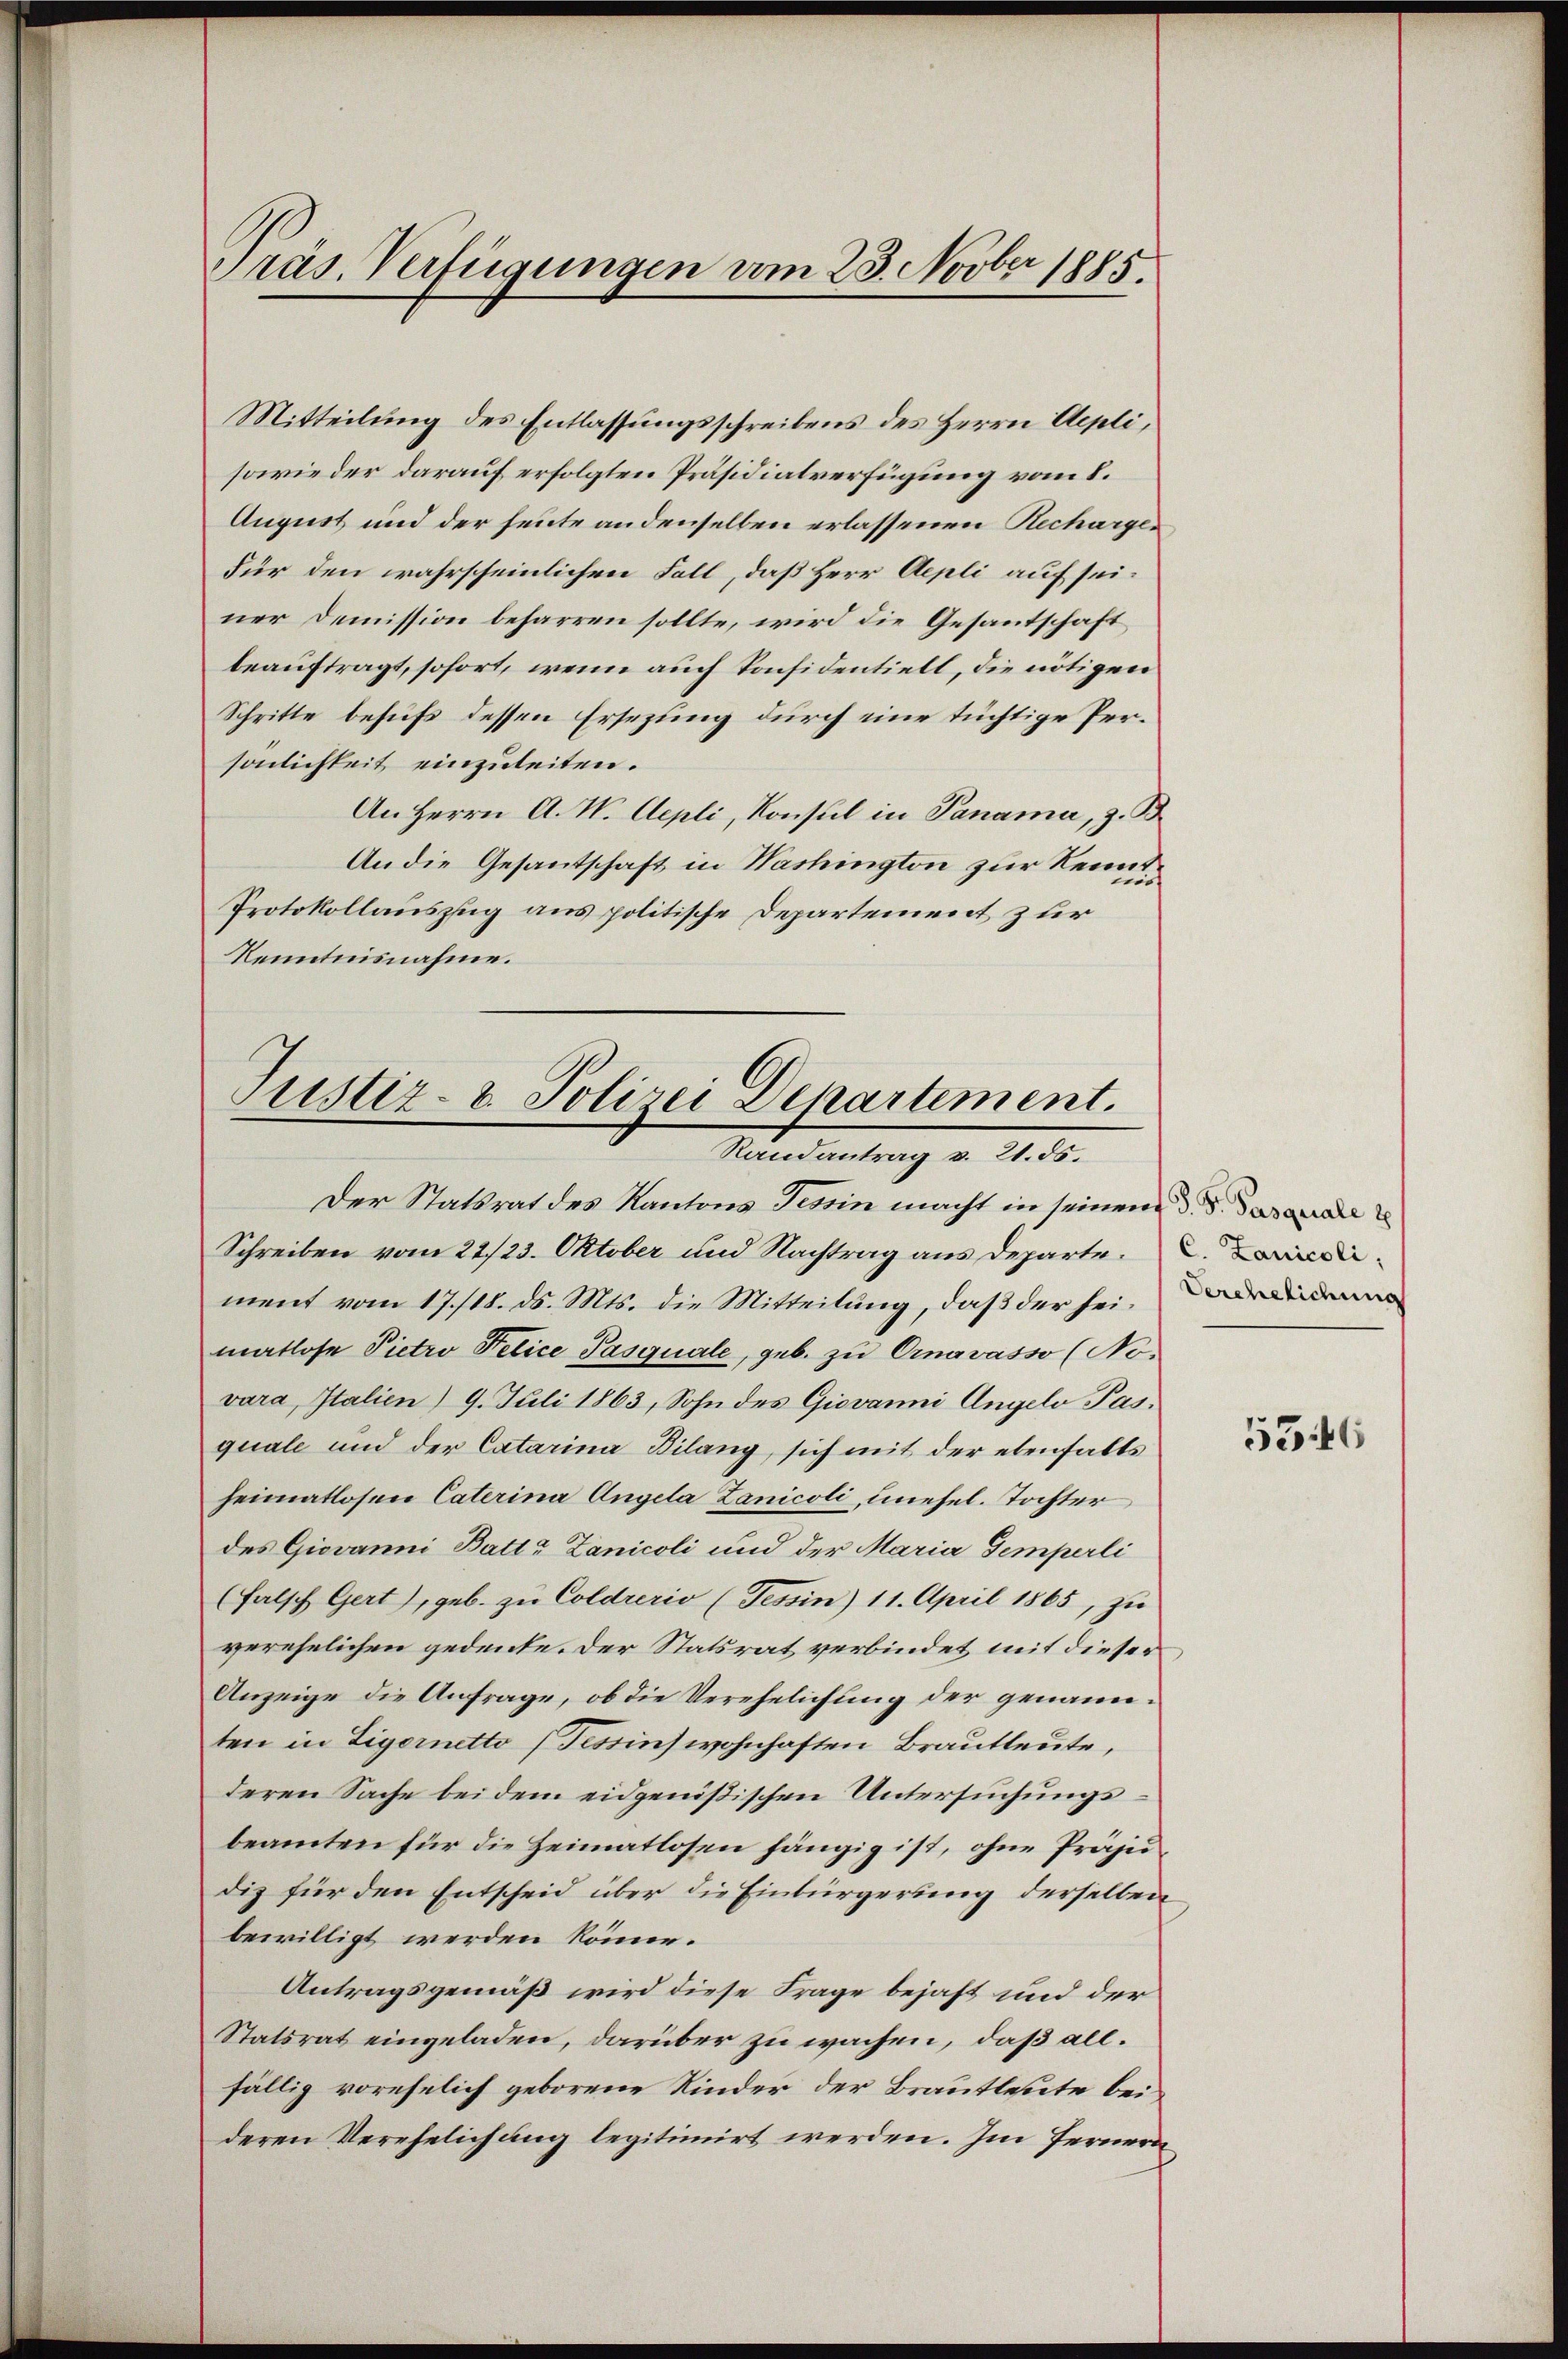
Präs. Verfügungen vom 23. Novber 1885.

Mitteilung des Entlassungsschreibens des Herrn Aepli,
sowie der darauf erfolgten Präsidialverfügung vom 8.
August und der heute andenselben erlassenen Rechargen
Für den wahrscheinlichen Fall, daß Herr Aepli auf seiner Demission beharren sollte, wird die Gesantschaft
beauftragt, sofort, wenn auch Konsidentiell, die nötigen
Schritte behufs dessen Ersezung durch eine tüchtige Persönlichkeit einzuleiten.
An Herrn A. W. Aepli, Konsul in Panama, z. B.
An die Gesantschaft in Washington zur Kennt¬
Protokollauszug aus politische Departement zur
Kenntnisnahme.

Justiz- & Polizei Departement.
Randantrag v. 21. 55.

Der Statsrat des Kantons Tessin macht in seinem d. d. Das a
Schreiben vom 22./23. Oktober und Nachtrag aus Departe. die
ment vom 17./18. ds. Mts. die Mitteilung, daß der sei, der
matlose Pietro Pelice Pasquale, geb. zu Ornavasso (Novara, Italien) 9. Juli 1863, Sohn des Giovanni Angelo Pasquale und der Catarina Bilang, sich mit der ebenfalls
heimatlosen Caterina Angela Zanicoli, unehel. Tochter
des Giovanni Batte Zanicoli und der Maria Semperli
(falsch Gert), geb. zu Coldrerio (Tessin) 11. April 1865, zu
verehelichen gedenke. Der Statsrat verbindet mit dieser
Anzeige die Anfrage, ob die Verehelichung der genannten in Ligernetto (Tessin wohnhaften Brautleute,
deren Sache bei dem eidgenößischen Untersuchungsbeamten für die Heimatlosen hängig ist, ohne Präsiddiz für den Entscheid über die Einbürgerung derselben
bewilligt werden könne.
Antragsgemäß wird diese Frage bejaht und der
Statsrat eingeladen, darüber zu wachen, daß allfällig vorehelich geborene Kinder der Brautleute beideren Verehelichung legitimirt werden. Im Fernern

5346